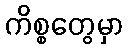
ကိစ္စတွေမှာ